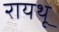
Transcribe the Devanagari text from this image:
रायथू